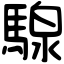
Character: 騡